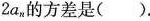
2a_{N}，的方差是( )。